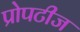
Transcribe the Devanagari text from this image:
प्रोपटीज